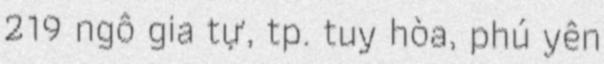
219 ngô gia tự, tp. tuy hòa, phú yên